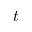
t